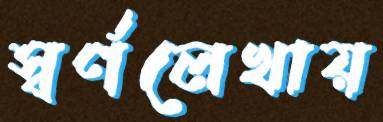
স্বর্ণলেখায়